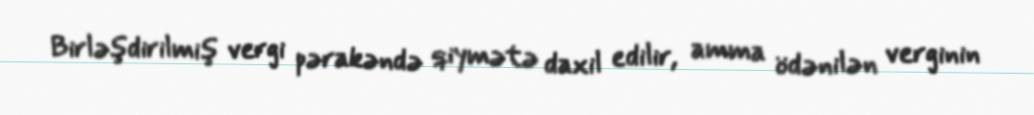
Birləşdirilmiş vergi pərakəndə qiymətə daxil edilir, amma ödənilən verginin